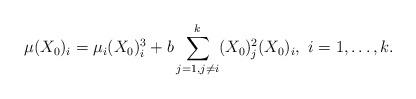
LaTeX: \begin{align*}\mu (X_0)_i = \mu_i (X_0)_i^3 + b\sum_{j=1, j\neq i}^{k} (X_0)_j^2(X_0)_i,\ i=1,\dots,k.\end{align*}